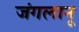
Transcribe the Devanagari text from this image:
जंगलानू